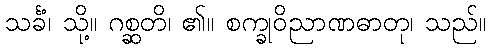
သင်္ခံ၊ သို့။ ဂစ္ဆတိ၊ ၏။ စက္ခုဝိညာဏဓာတု၊ သည်။